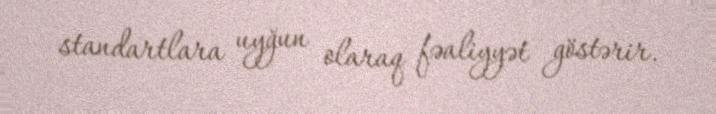
standartlara uyğun olaraq fəaliyyət göstərir.